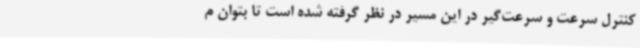
کنترل سرعت و سرعت‌گیر در این مسیر در نظر گرفته شده است تا بتوان م